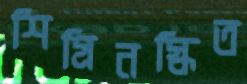
শিগ্রিনস্কিত